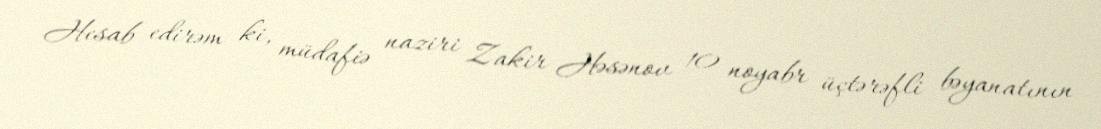
Hesab edirəm ki, müdafiə naziri Zakir Həsənov 10 noyabr üçtərəfli bəyanatının